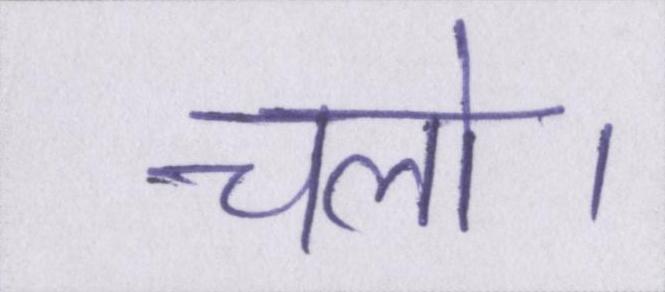
चलो।